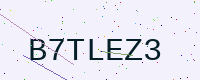
Text: B7TLEZ3